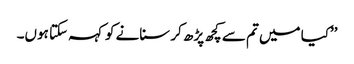
’’کیا میں تم سے کچھ پڑھ کر سنانے کو کہہ سکتا ہوں۔